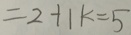
= 2 + 1 k = 5